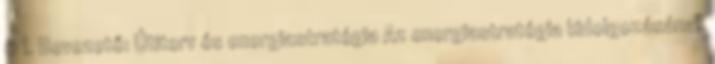
6 I. Bevezető: Útiterv és energiastratégia Az energiastratégia kidolgozásának